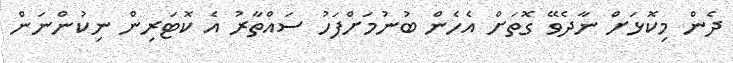
ދެން މިކޮޅަށް ނާދެވޭ ގޮތަށް އެހެން ބުނުމަށްފަހު ސައްތާރު އެ ކޮޓަރިން ނިކުންނަން